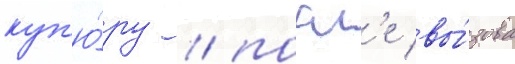
куп'ю́ру / посл'е вы́зова